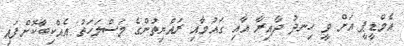
އެމްޑީޕީ އަށް ވީ ހިނދު ދާއިރާ އާއި ގައުމާއި ރައްޔިތުންގެ މަސްލަހަތު އެއްކިބާކޮށްފައި